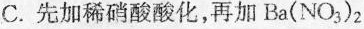
C.先加稀硝酸酸化，再加Ba(NO_{3})_{2}